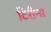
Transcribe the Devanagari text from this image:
टिरीन्स